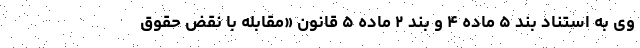
وی به استناد بند ۵ ماده ۴ و بند ۲ ماده ۵ قانون «مقابله با نقض حقوق